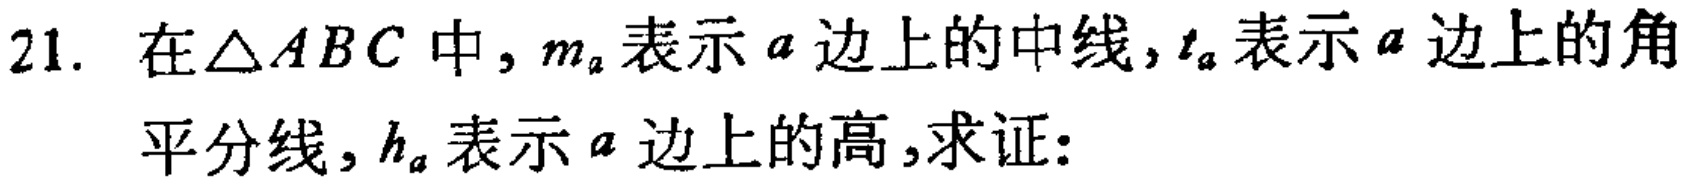
在\(\triangle ABC\)中，\(m_{a}\)表示\(a\)边上的中线，\(t_{a}\)表示\(a\)边上的角平分线，\(h_{a}\)表示\(a\)边上的高，求证：